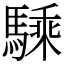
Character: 騬